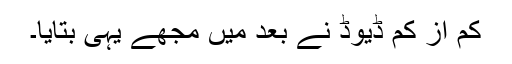
کم از کم ڈیوڈ نے بعد میں مجھے یہی بتایا۔